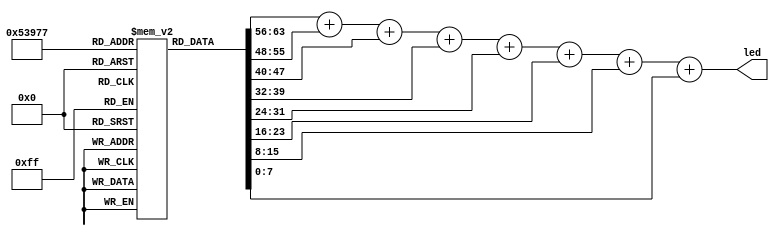
module top (
    output [7:0] led,
);

    localparam N = 8;
    integer i;
    
    reg [7:0] arr [0:N-1];
    reg [7:0] ps [0:N-1];

    initial begin
        for(i = 0; i < N; i=i+1)
            arr[i] = i;
    end

    always @* begin
        ps[0] = arr[0];

        for(i = 1; i < N; i=i+1)
            ps[i] = ps[i-1] + arr[i];
    end

    assign led = ps[N-1];

endmodule